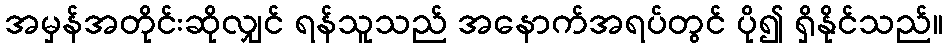
အမှန်အတိုင်းဆိုလျှင် ရန်သူသည် အနောက်အရပ်တွင် ပို၍ ရှိနိုင်သည်။